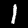
Digit: 1